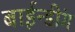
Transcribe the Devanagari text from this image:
बाईन्डींग